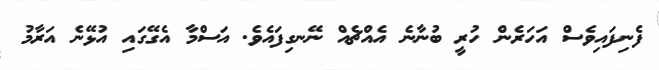
ފެނިފައިވެސް އަހަރެން ހުރީ ބުނާނެ އެއްޗެއް ނޭނގިފައެވެ. އަސްމާ އެގޭގައި އުޅޭނެ އަރާމު